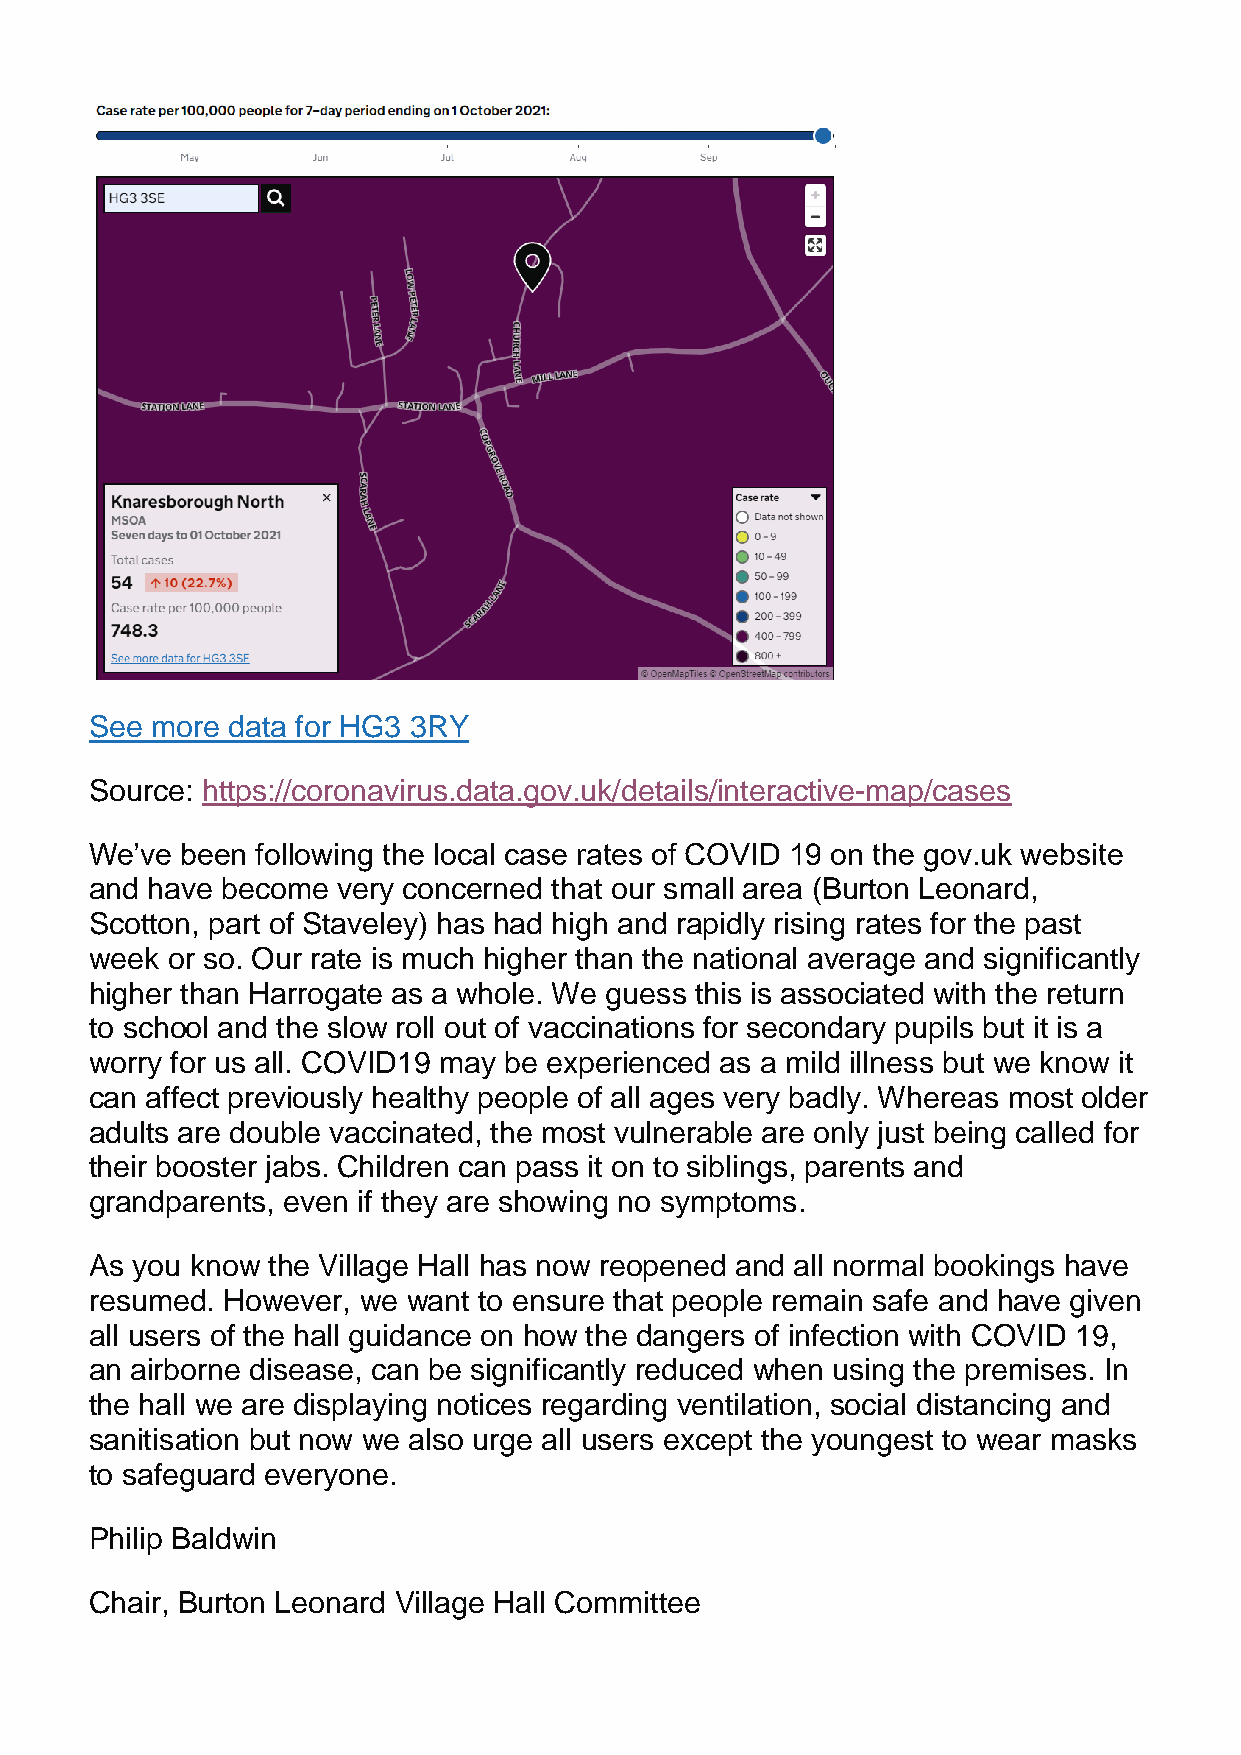
See more data for HG3 3RY
 Source: https://coronavirus.data.gov.uk/details/interactive-map/cases
 We’ve been following the local case rates of COVID 19 on the gov.uk website
 and have become very concerned that our small area (Burton Leonard,
 Scotton, part of Staveley) has had high and rapidly rising rates for the past
 week or so. Our rate is much higher than the national average and significantly
 higher than Harrogate as a whole. We guess this is associated with the return
 to school and the slow roll out of vaccinations for secondary pupils but it is a
 worry for us all. COVID19 may be experienced as a mild illness but we know it
 can affect previously healthy people of all ages very badly. Whereas most older
 adults are double vaccinated, the most vulnerable are only just being called for
 their booster jabs. Children can pass it on to siblings, parents and
 grandparents, even if they are showing no symptoms.
 As you know the Village Hall has now reopened and all normal bookings have
 resumed. However, we want to ensure that people remain safe and have given
 all users of the hall guidance on how the dangers of infection with COVID 19,
 an airborne disease, can be significantly reduced when using the premises. In
 the hall we are displaying notices regarding ventilation, social distancing and
 sanitisation but now we also urge all users except the youngest to wear masks
 to safeguard everyone.
 Philip Baldwin
 Chair, Burton Leonard Village Hall Committee